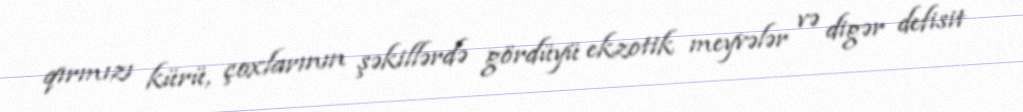
qırmızı kürü, çoxlarının şəkillərdə gördüyü ekzotik meyvələr və digər defisit